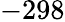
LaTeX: -298